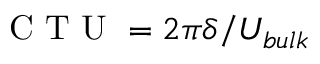
\mathrm { ~ C ~ T ~ U ~ } = 2 \pi \delta / U _ { b u l k }